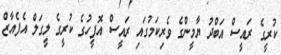
ކުރީގެ ރައީސް އަބްދު ޔާމީންގެ ވެރިކަމުގައި ރައީސް އޮފީހުގެ ކުރީގެ ލީގަލް އެފެއާޒް